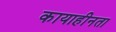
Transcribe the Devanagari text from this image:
कायाहीनता